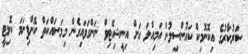
ސަރުކާރުގެ އިކޮނޮމިކް ކައުންސިލުން އަމިއްލަ އަށް އިނީޝިއޭޓިވް ނަންގަވައިގެން މިމަސައްކަތް ކޮށްފިނަމަ ކޮލިޓީ